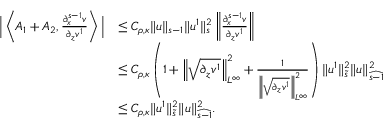
\begin{array} { r l } { \Big | \left\langle A _ { 1 } + A _ { 2 } , \frac { \partial _ { x } ^ { s - 1 } v } { \partial _ { z } v ^ { 1 } } \right\rangle \Big | } & { \leq C _ { \rho , \kappa } \| u \| _ { s - 1 } \| u ^ { 1 } \| _ { s } ^ { 2 } \left\| \frac { \partial _ { x } ^ { s - 1 } v } { \partial _ { z } v ^ { 1 } } \right\| } \\ & { \leq C _ { \rho , \kappa } \left( 1 + \left\| \sqrt { \partial _ { z } v ^ { 1 } } \right\| _ { L ^ { \infty } } ^ { 2 } + \frac { 1 } { \left\| \sqrt { \partial _ { z } v ^ { 1 } } \right\| _ { L ^ { \infty } } ^ { 2 } } \right) \| u ^ { 1 } \| _ { \tilde { s } } ^ { 2 } \| u \| _ { \widehat { s - 1 } } ^ { 2 } } \\ & { \leq C _ { \rho , \kappa } \| u ^ { 1 } \| _ { \tilde { s } } ^ { 2 } \| u \| _ { \widehat { s - 1 } } ^ { 2 } . } \end{array}